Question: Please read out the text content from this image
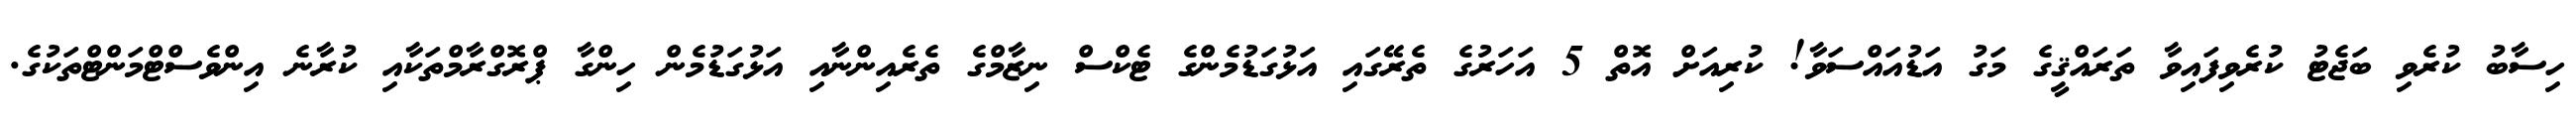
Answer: ހިސާބު ކުރެވި ބަޖެޓު ކުރެވިފައިވާ ތަރައްޤީގެ މަގު އަޑުއައްސަވާ! ކުރިއަށް އޮތް 5 އަހަރުގެ ތެރޭގައި އަޅުގަޑުމެންގެ ޓެކްސް ނިޒާމްގެ ތެރެއިންނާއި އަޅުގަޑުމެން ހިންގާ ޕްރޮގްރާމްތަކާއި ކުރާނެ އިންވެސްޓްމަންޓްތަކުގެ.